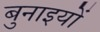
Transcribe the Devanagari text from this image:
बुनाइयों